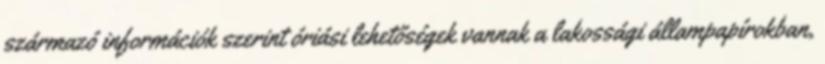
származó információk szerint óriási lehetőségek vannak a lakossági állampapírokban,